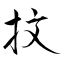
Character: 抆